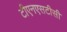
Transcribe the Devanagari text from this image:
टीएनएसटीसी